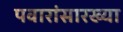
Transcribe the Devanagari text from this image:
पवारांसारख्या